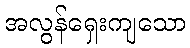
အလွန်ရှေးကျသော